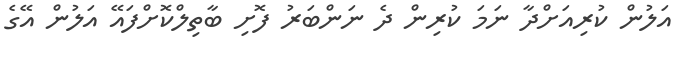
އަލުން ކުރިއަށްދާ ނަމަ ކުރިން ދެ ނަންބަރު ފޮށި ބާތިލްކޮށްފައޭ އަލުން އޭގެ